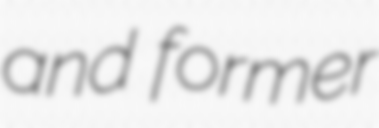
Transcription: and former